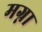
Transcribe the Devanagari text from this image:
मग्ना